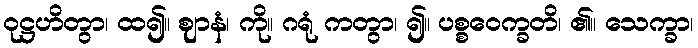
ဝုဋ္ဌဟိတွာ၊ ထ၍။ ဈာနံ၊ ကို။ ဂရုံ ကတွာ၊ ၍။ ပစ္စဝေက္ခတိ၊ ၏။ သေက္ခာ၊